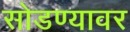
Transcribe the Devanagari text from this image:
सोडण्यावर